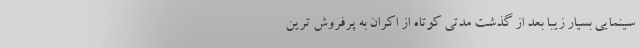
سینمایی بسیار زیبا بعد از گذشت مدتی کوتاه از اکران به پرفروش ترین